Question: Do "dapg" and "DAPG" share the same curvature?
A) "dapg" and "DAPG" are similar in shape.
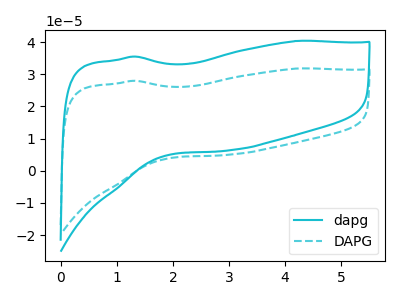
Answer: <think>The cyan curve "dapg" has no peaks. The cyan dashed curve "DAPG" has no peaks.
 Neither "dapg" or "DAPG" have any peaks.</think>
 <answer>A) "dapg" and "DAPG" are similar in shape.</answer>
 <eval>A</eval>